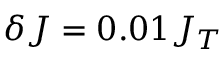
\delta J = 0 . 0 1 J _ { T }